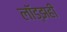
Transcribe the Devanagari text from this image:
लॉड्झही